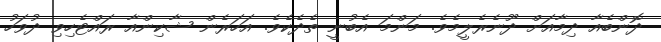
ދޮންބެއާ ދިމާއަށް ދޫނެރެލީމެވެ. މަންމަ އެބުނީ ތެދެކެވެ. އަހަރެން ޝާކިންއާ ރައްޓެހިވި ދުވަހު